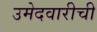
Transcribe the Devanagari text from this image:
उमेदवारीची